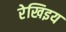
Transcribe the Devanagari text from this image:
रेखिइय